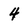
Character: 4